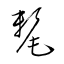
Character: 氂